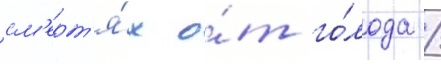
см'ерт'я́х о́т го́лода /